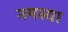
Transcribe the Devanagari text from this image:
नमस्या